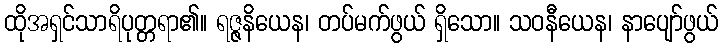
ထိုအရှင်သာရိပုတ္တရာ၏။ ရဇ္ဇနိယေန၊ တပ်မက်ဖွယ် ရှိသော။ သဝနီယေန၊ နာပျော်ဖွယ်